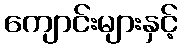
ကျောင်းများနှင့်